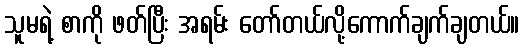
သူမရဲ့ စာကို ဖတ်ပြီး အရမ်း တော်တယ်လို့ကောက်ချက်ချတယ်။